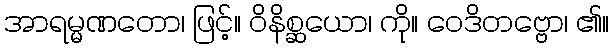
အာရမ္မဏတော၊ ဖြင့်။ ဝိနိစ္ဆယော၊ ကို။ ဝေဒိတဗ္ဗော၊ ၏။